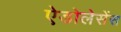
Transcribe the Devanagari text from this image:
ऐडोलेसेंस